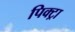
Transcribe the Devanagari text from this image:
पिक्ट्रा